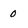
Character: 0